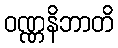
ဝဏ္ဏနိဘာတိ